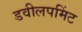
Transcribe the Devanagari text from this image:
डवीलपमिंट